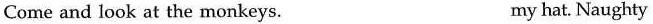
Come and look at the monkeys. my hat. Naughty